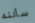
سألته